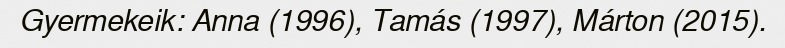
Gyermekeik: Anna (1996), Tamás (1997), Márton (2015).